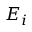
E _ { i }